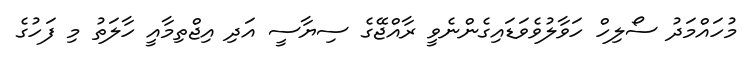
މުހައްމަދު ސޯލިހް ހަވާލުވެވަޑައިގެންނެވީ ރާއްޖޭގެ ސިޔާސީ އަދި އިޖްތިމާއީ ހާލަތު މި ފަހުގެ